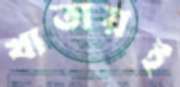
খাতায়ই